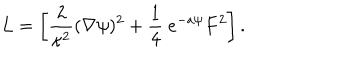
LaTeX: L = \left[ { \frac { 2 } { \kappa ^ { 2 } } } ( \nabla \psi ) ^ { 2 } + { \frac { 1 } { 4 } } \ e ^ { - a \psi } F ^ { 2 } \right] .